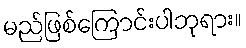
မည်ဖြစ်ကြောင်းပါဘုရား။